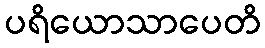
ပရိယောသာပေတိ